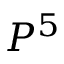
P ^ { 5 }